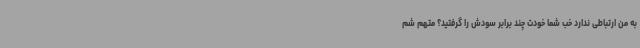
به من ارتباطی ندارد خب شما خودت چند برابر سودش را گرفتید؟ متهم شم